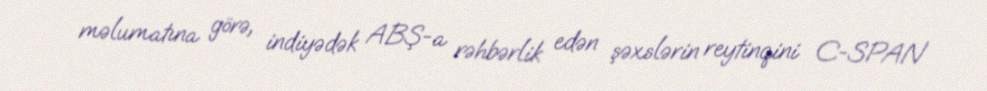
məlumatına görə, indiyədək ABŞ-a rəhbərlik edən şəxslərin reytinqini C-SPAN